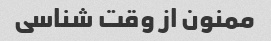
ممنون از وقت شناسی